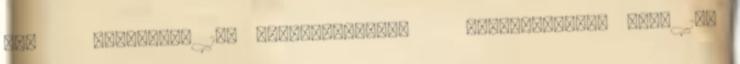
Kál Erdőtelek 139 Mezőnagymihály Mezőkeresztes 3305 175